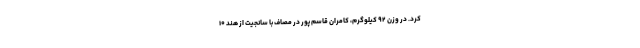
کرد. در وزن ۹۲ کیلوگرم، کامران قاسم پور در مصاف با سانجیت از هند ۱۰